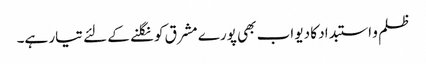
ظلم و استبداد کا دیو اب بھی پورے مشرق کو نگلنے کے لئے تیار ہے۔